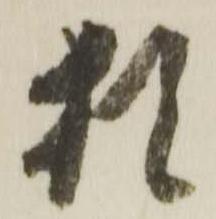
猶